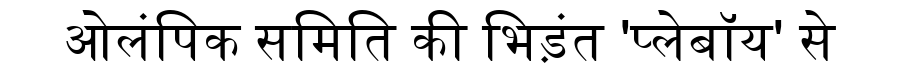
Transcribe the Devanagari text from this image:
ओलंपिक समिति की भिड़ंत 'प्लेबॉय' से